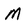
Character: M